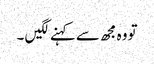
تو وہ مجھ سے کہنے لگیں ۔